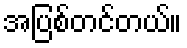
အပြစ်တင်တယ်။